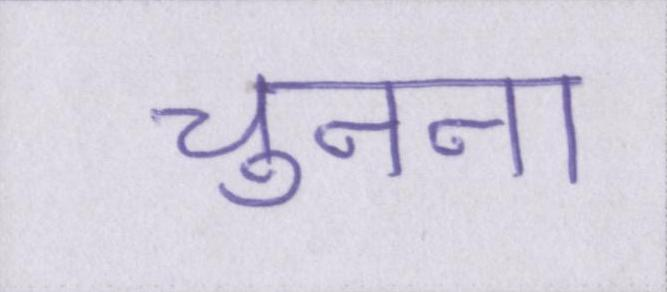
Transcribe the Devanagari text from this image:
चुनना